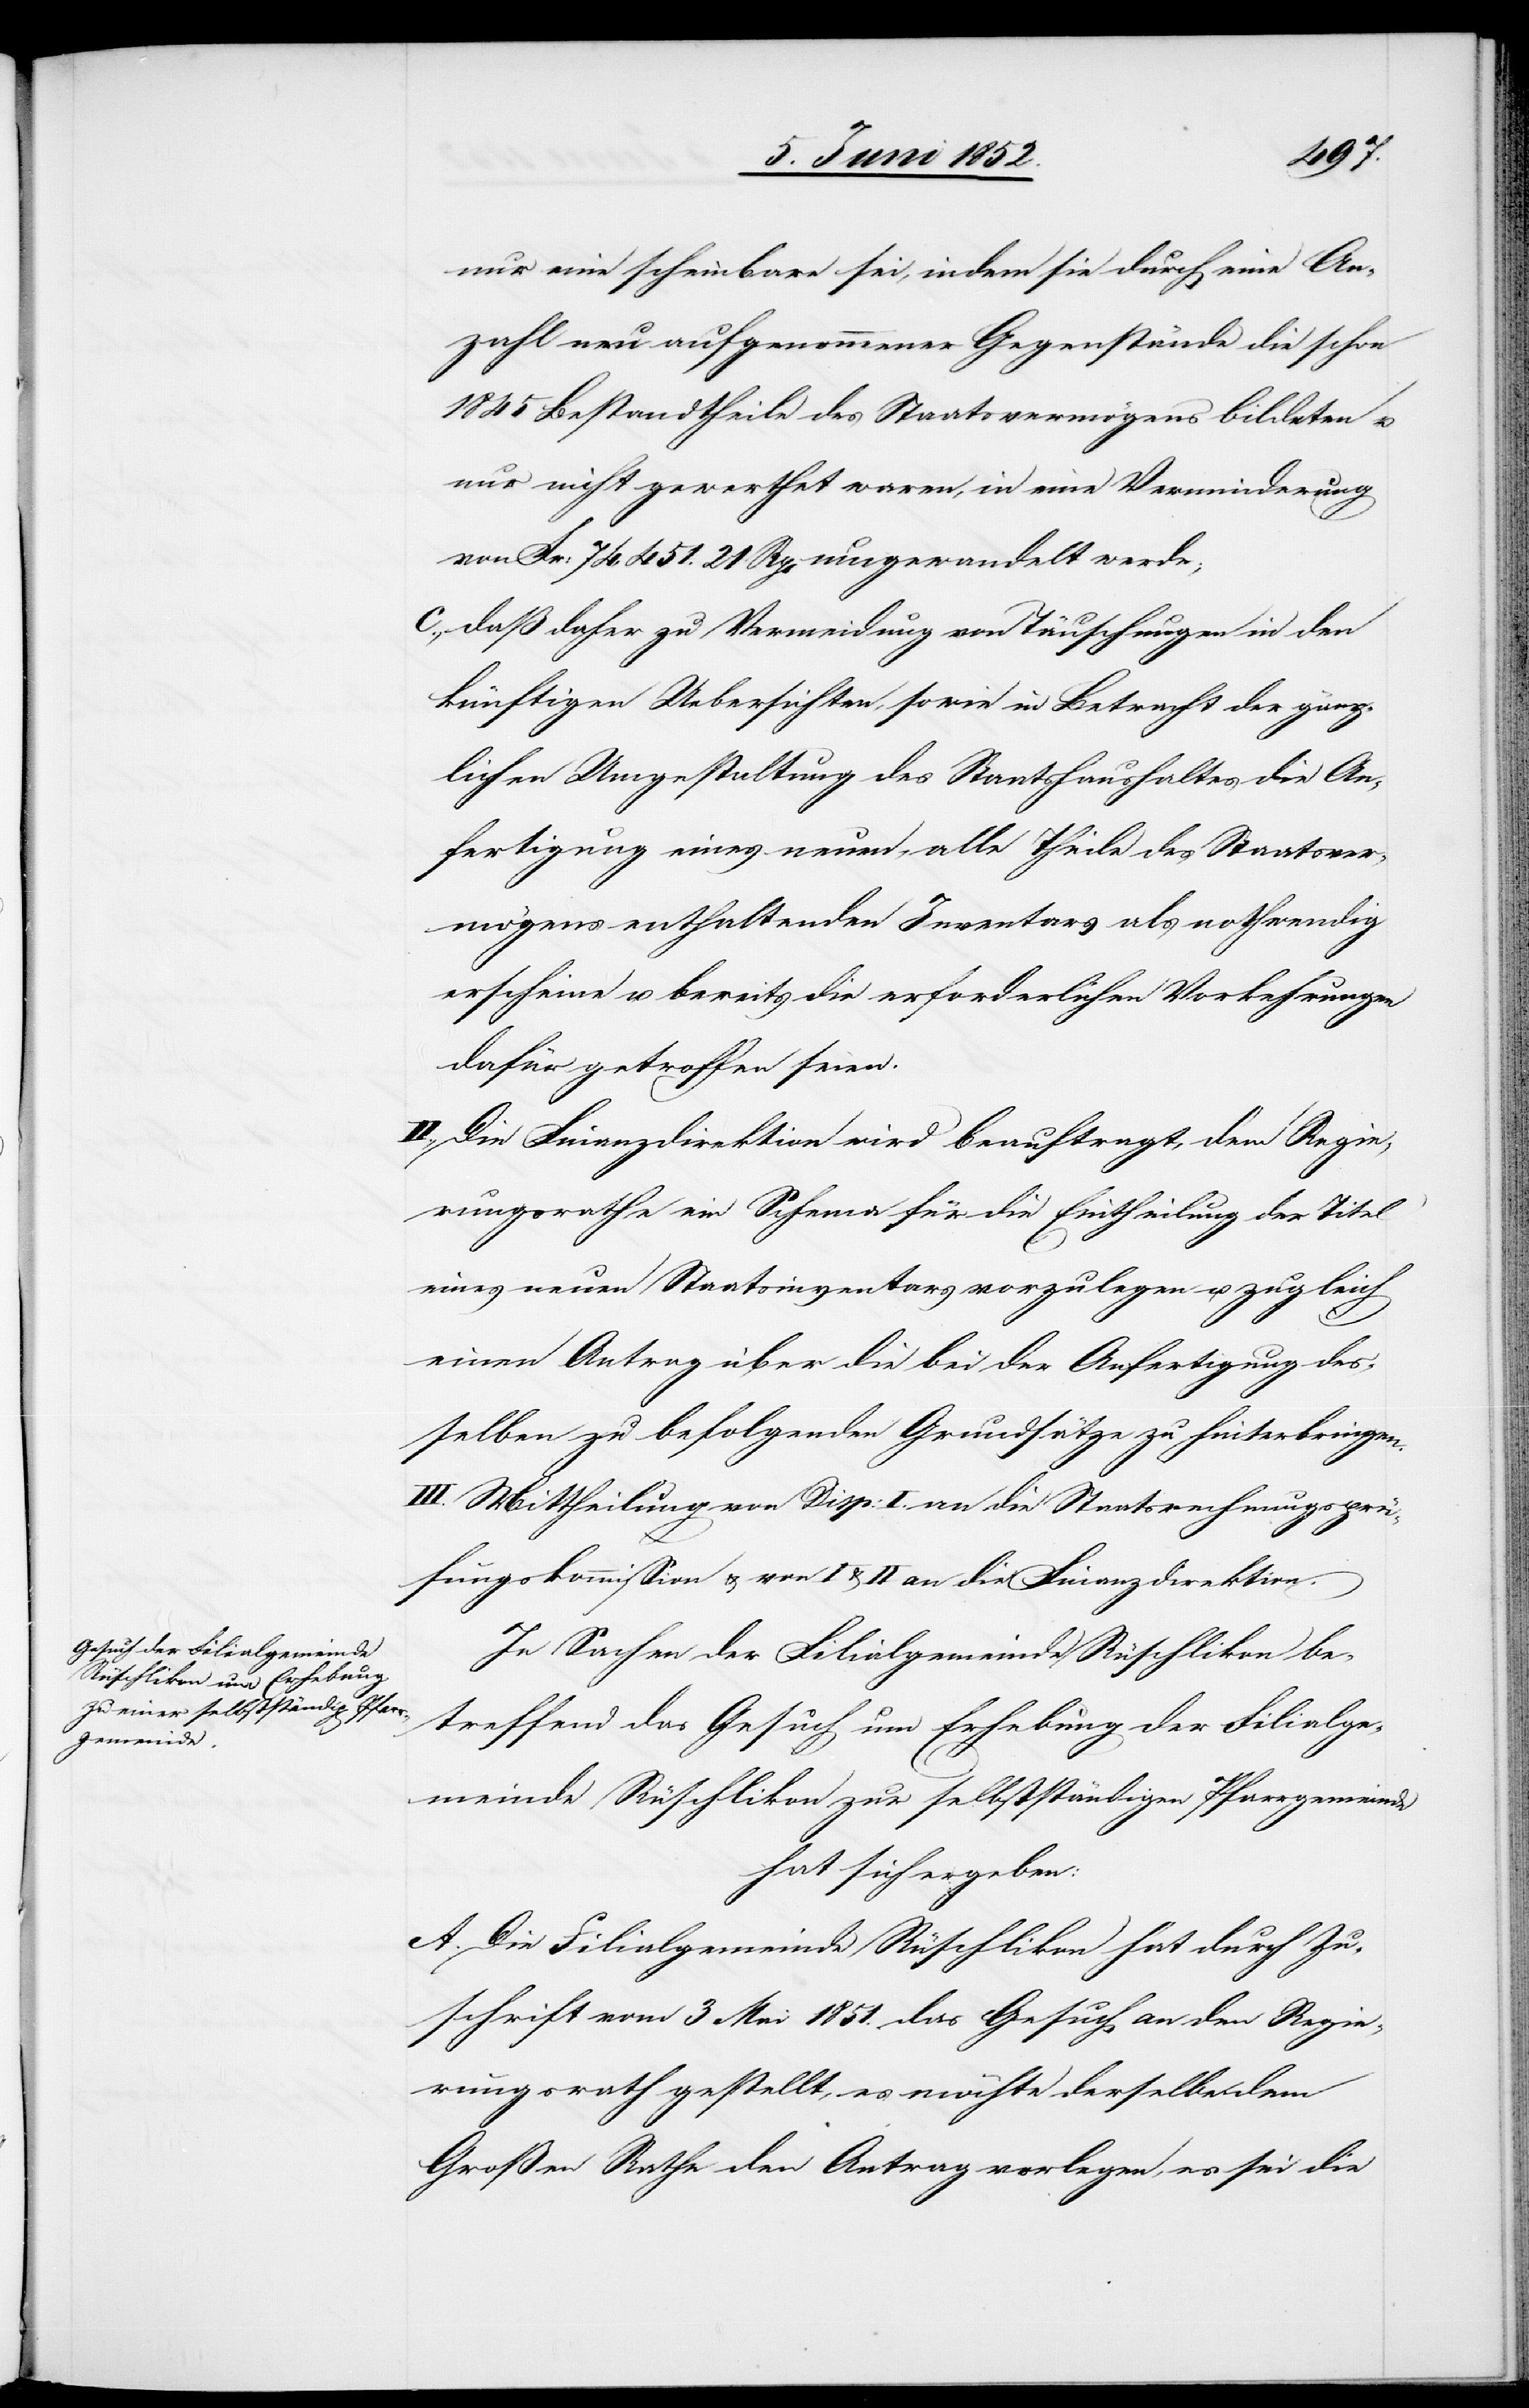
nur eine scheinbare sei, indem sie durch eine An¬
zahl neu aufgenommener Gegenstände die schon
1845 Bestandtheile des Staatsvermögens bildeten u.
nur nicht gewerthet waren, in eine Verminderung
von Fr: 74,451. 21 Rp. umgewandelt werde;
daß daher zu Vermeidung von Täuschungen in den
künftigen Uebersichten, sowie in Betracht der gänz¬
lichen Umgestaltung des Staatshaushaltes die An¬
fertigung eines neuen, alle Theile des Staatsver¬
mögens enthaltenden Inventars als nothwendig
erscheine u. bereits die erforderlichen Vorkehrungen
dafür getroffen seien.
II., Die Finanzdirektion wird beauftragt, dem Regie¬
rungsrathe ein Schema für die Eintheilung der Titel
eines neuen Staatsinventars vorzulegen u. zugleich
einen Antrag über die bei der Anfertigung des¬
selben zu befolgenden Grundsätze zu hinterbringen.
III. Mittheilung von Disp: I. an die Staatsrechnungsprü¬
fungskommission & von I & II an die Finanzdirektion.
In Sachen der Filialgemeinde Rüschlikon be¬
treffend das Gesuch um Erhebung der Filialge¬
meinde Rüschlikon zur selbstständigen Pfarrgemeinde
hat sich ergeben:
A. Die Filialgemeinde Rüschlikon hat durch Zu¬
schrift vom 3 Mai 1851. das Gesuch an den Regie¬
rungsrath gestellt, es möchte derselbe dem
Großen Rathe den Antrag vorlegen, es sei die